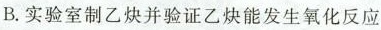
B.实验室制乙炔并验证乙炔能发生氧化反应